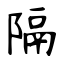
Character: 隔